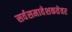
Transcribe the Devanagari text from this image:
सर्वसमावेशकतेवर